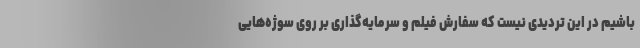
باشیم در این تردیدی نیست که سفارش فیلم و سرمایه‌گذاری بر روی سوژه‌هایی